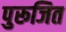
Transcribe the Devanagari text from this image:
पुरूजित